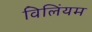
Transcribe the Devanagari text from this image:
विलिंयम